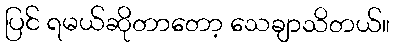
ပြင် ရမယ်ဆိုတာတော့ သေချာသိတယ်။